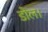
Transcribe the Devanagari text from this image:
डोल।